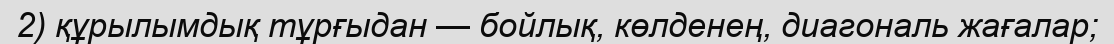
2) құрылымдық тұрғыдан — бойлық, көлденең, диагональ жағалар;